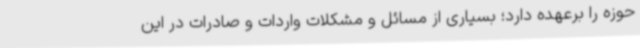
حوزه را برعهده دارد؛ بسیاری از مسائل و مشکلات واردات و صادرات در این